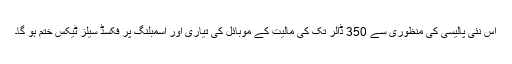
اس نئی پالیسی کی منظوری سے 350 ڈالر تک کی مالیت کے موبائل کی تیاری اور اسمبلنگ پر فکسڈ سیلز ٹیکس ختم ہو گا۔